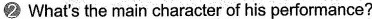
2 What's the main character of his performance?